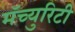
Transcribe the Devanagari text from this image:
मॅच्युरिटी